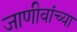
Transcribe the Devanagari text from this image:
जाणीवांच्या